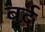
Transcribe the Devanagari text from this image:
बर्द